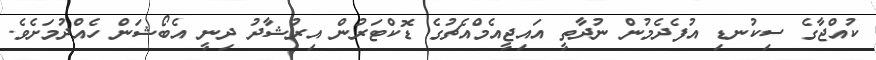
ކުއްޖާގެ ސިކުނޑި އުފެދެމުން ނުދާތީ އައިޖީއެމްއެޗުގެ ޑޮކްޓަރުން އިރުޝާދު ދިނީ އެބޯޝަން ހެއްދުމަށެވެ.